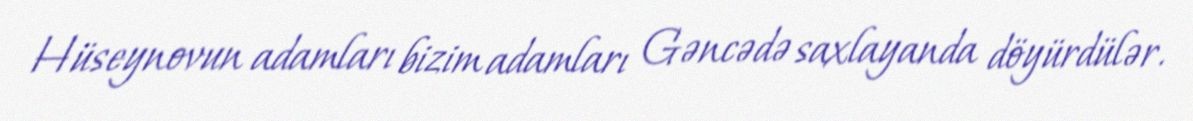
Hüseynovun adamları bizim adamları Gəncədə saxlayanda döyürdülər.